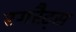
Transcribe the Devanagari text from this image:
रगरैट्स